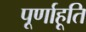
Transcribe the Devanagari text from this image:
पूर्णाहूति